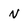
Character: N